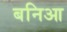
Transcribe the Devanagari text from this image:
बनिआ